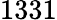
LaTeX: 1331